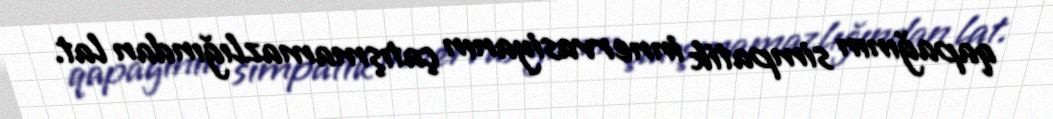
qapağının simpatik innervasiyanın çatışmamazlığından lat.